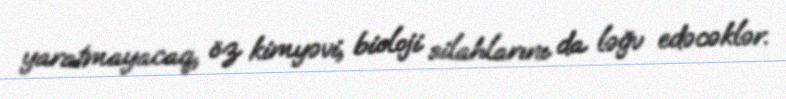
yaratmayacaq, öz kimyəvi, bioloji silahlarını da ləğv edəcəklər.